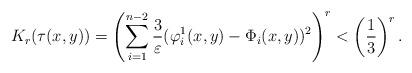
LaTeX: \begin{align*} K_r(\tau(x,y)) = \left( \sum_{i=1}^{n-2} \frac{3}{\varepsilon} (\varphi_i^1(x,y) - \Phi_i(x,y))^2\right)^r < \left(\frac 1 3\right)^r.\end{align*}